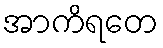
အာကိရတေ